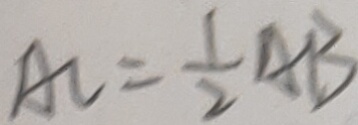
A C = \frac { 1 } { 2 } A B